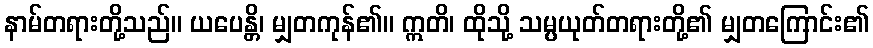
နာမ်တရားတို့သည်။ ယပေန္တိ၊ မျှတကုန်၏။ ဣတိ၊ ထိုသို့ သမ္ပယုတ်တရားတို့၏ မျှတကြောင်း၏